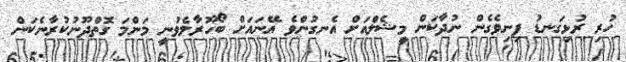
ހުރި ރުޅިގަނޑު ފިނިވެގެން ނުދާކަން މީޝެލްއަށް އެނގުންވެ އޭނައަށް ބޯހޫރާލެވުނީ މަންމަ ގޮތްދޫނުކުރާނެކަން